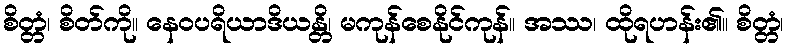
စိတ္တံ၊ စိတ်ကို။ နေဝပရိယာဒိယန္တိ၊ မကုန်စေနိုင်ကုန်။ အဿ၊ ထိုရဟန်း၏။ စိတ္တံ၊